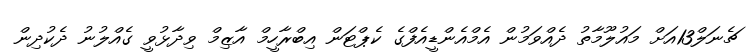
ޗެނަލް13އަށް މައުލޫމާތު ދެއްވަމުން އެމްއެންޑީއެފްގެ ކެޕްޓަން އިބްރާހީމް އާޒިމް ވިދާޅުވީ ގެއްލުނު ދެކުދިން